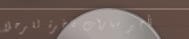
تأجير سيارات فاخرة للرحلا